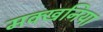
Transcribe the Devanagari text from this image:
मक्खनिया